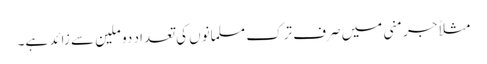
مثلاً جرمنی میں صرف ترک مسلمانوں کی تعداد دو ملین سے زائد ہے۔